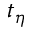
t _ { \eta }